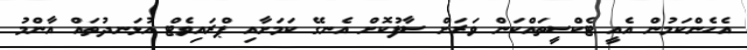
އެހެންކަމުން އެއީ ޓެކްސީތައްކަން ވަރަށް ސާފުކޮށް އެނގޭ ކަމަށާއި ޕްރައިވެޓް އުޅަނދުތައް އާންމު